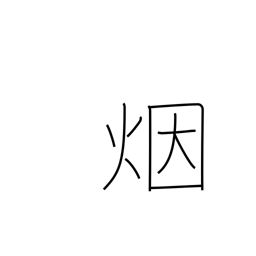
Meaning: smoke